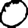
Digit: 0